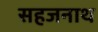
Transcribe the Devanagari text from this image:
सहजनाथ